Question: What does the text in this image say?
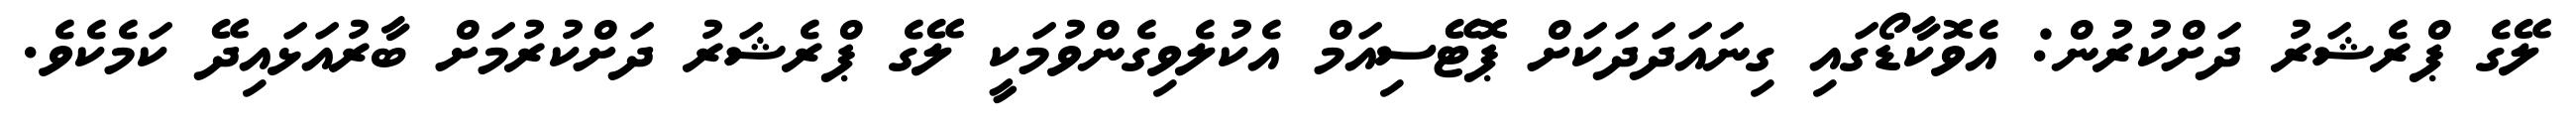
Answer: ލޭގެ ޕްރެޝަރު ދަށްކުރުން: އެވޮކާޑޯގައި ގިނައަދަދަކަށް ޕޮޓޭސިއަމް އެކުލެވިގެންވުމަކީ ލޭގެ ޕްރެޝަރު ދަށްކުރުމަށް ބާރުއަޅައިދޭ ކަމެކެވެ.